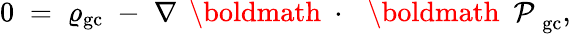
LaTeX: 0\; =\; \varrho_{\mathrm{gc}}\; -\; \nabla\, \mathrm{~\boldmath~\cdot~}\, \mathrm{~\boldmath~\cal~P~}_{\mathrm{gc}},